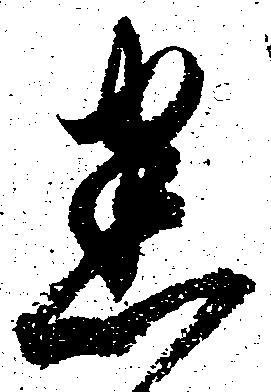
悉